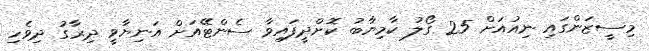
މިސީޒަންގައި ނިއުއަށް 25 ގޯލު ކާމިޔާބު ކޮށްދީފައިވާ ސެންޓޭއަށް އަނިޔާވީ ދިރާގު ދިވެހި